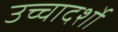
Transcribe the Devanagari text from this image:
उच्चादर्शो